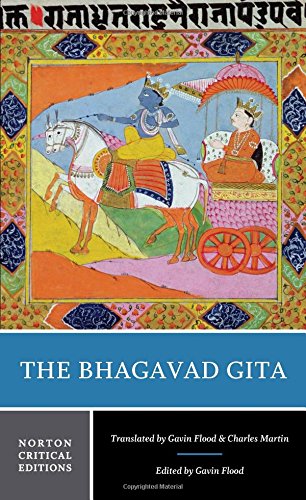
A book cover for The Bhagavad Gita (Norton Critical Editions); Religion & Spirituality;